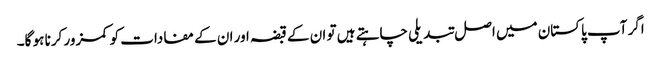
اگر آپ پاکستان میں اصل تبدیلی چاہتے ہیں تو ان کے قبضہ اور ان کے مفادات کو کمزور کرنا ہو گا۔